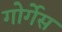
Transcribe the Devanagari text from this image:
गोर्गेस